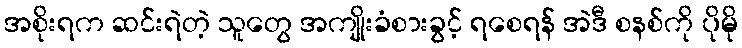
အစိုးရက ဆင်းရဲတဲ့ သူတွေ အကျိုးခံစားခွင့် ရစေရန် အဲဒီ စနစ်ကို ပိုမို